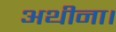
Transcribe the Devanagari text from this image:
अथीना।